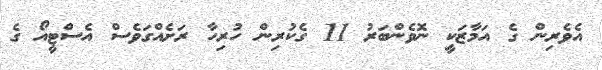
އެވެެރިން ގެ އަމާޒަކީ ނޮވެންބަރު 11 ގެކުރިން ހުރިހާ ރަށެއްގަވެސް އެސްޓީއޯ ގެ